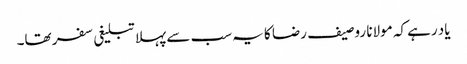
یاد رہے کہ مولانا روصیف رضا کا یہ سب سے پہلا تبلیغی سفر تھا۔